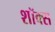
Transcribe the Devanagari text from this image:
शॉक्स